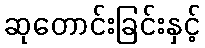
ဆုတောင်းခြင်းနှင့်